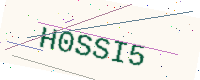
Text: H0SSI5